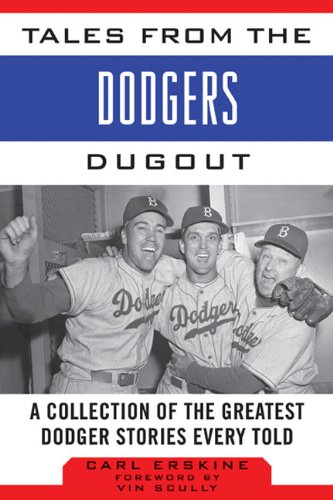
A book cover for Tales from the Dodgers Dugout: A Collection of the Greatest Dodger Stories Ever Told (Tales from the Team); Carl Erskine; Sports & Outdoors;